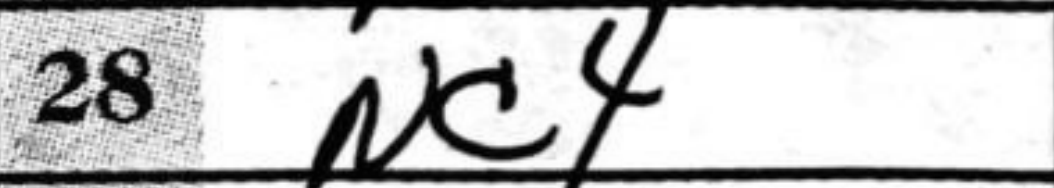
Transcription: Nc4